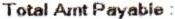
TOTAL AMT PAYABLE: